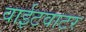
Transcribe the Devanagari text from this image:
वाईटवाटर